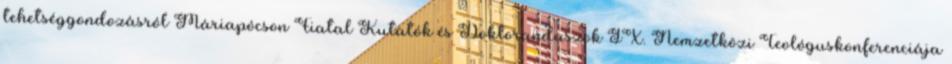
tehetséggondozásról Máriapócson Fiatal Kutatók és Doktoranduszok IX. Nemzetközi Teológuskonferenciája